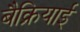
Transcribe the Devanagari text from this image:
बैक्रियाई